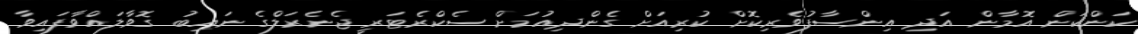
ކަންކަން އޮމާން އަދި އިންސާފުވެރިކޮށް ކުރިއަށް ގެންދިއުމަށް ސެކްރެޓަރީ ޖެނެރަލްގެ ނައިބު ގޮވާލައްވާފައިވާ